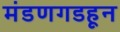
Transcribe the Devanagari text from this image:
मंडणगडहून